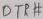
Text: DTP#